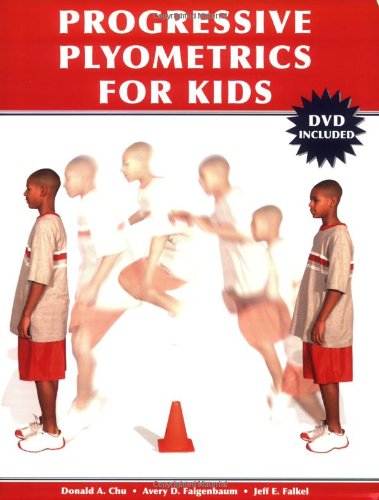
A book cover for Progressive Plyometrics for Kids; Jeff, Ph.D. Falkel; Sports & Outdoors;